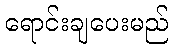
ရောင်းချပေးမည်